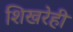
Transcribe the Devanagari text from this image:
शिखरेही